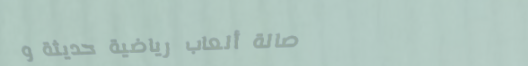
صالة ألعاب رياضية حديثة و